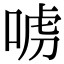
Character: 𠶪